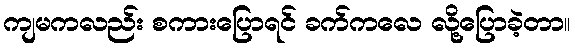
ကျမကလည်း စကားပြောရင် ခက်ကလေ လို့ပြောခဲ့တာ။